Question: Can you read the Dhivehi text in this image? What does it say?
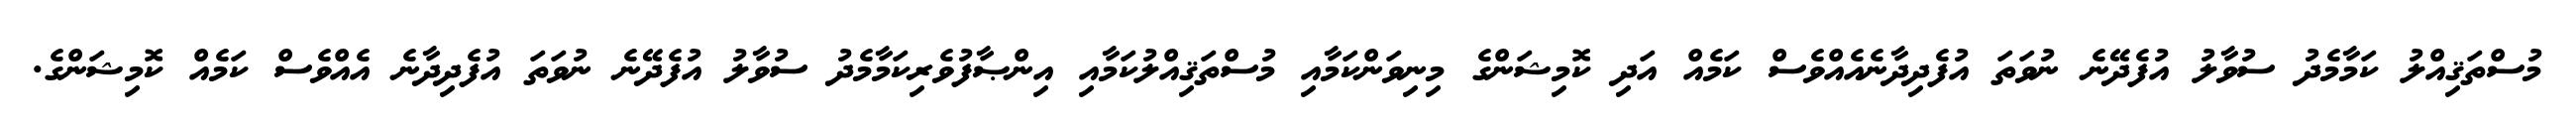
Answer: މުސްތަޤިއްލު ކަމާމެދު ސުވާލު އުފެދޭނެ ނުވަތަ އުފެދިދާނެއެއްވެސް ކަމެއް އަދި ކޮމިޝަންގެ މިނިވަންކަމާއި މުސްތަޤިއްލުކަމާއި އިންޞާފުވެރިކަމާމެދު ސުވާލު އުފެދޭނެ ނުވަތަ އުފެދިދާނެ އެއްވެސް ކަމެއް ކޮމިޝަންގެ.